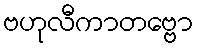
ဗဟုလီကာတဗ္ဗော